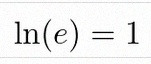
\ln(e)=1